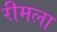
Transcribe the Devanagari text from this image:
रीमला